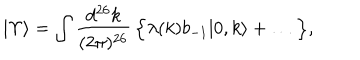
LaTeX: | \Upsilon \rangle = \int \frac { d ^ { 2 6 } k } { ( 2 \pi ) ^ { 2 6 } } \, \Bigl \{ \lambda ( k ) b _ { - 1 } | 0 , k \rangle + \ldots \, \Bigr \} ,